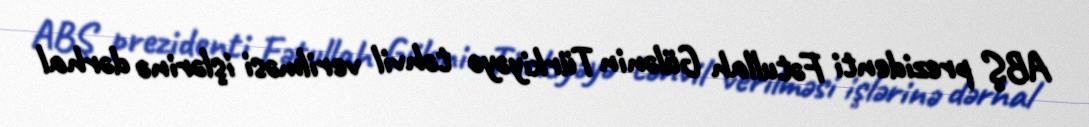
ABŞ prezidenti Fətullah Gülənin Türkiyəyə təhvil verilməsi işlərinə dərhal